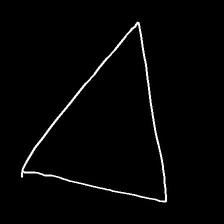
Glyph: convergence